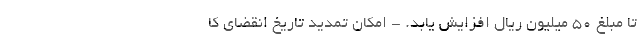
تا مبلغ ۵۰ میلیون ریال افزایش یابد. - امکان تمدید تاریخ انقضای کا